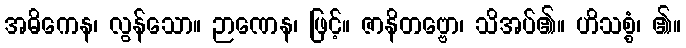
အဓိကေန၊ လွန်သော။ ဉာဏေန၊ ဖြင့်။ ဇာနိတဗ္ဗော၊ သိအပ်၏။ ဟိသစ္စံ၊ ၏။